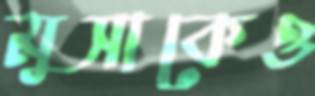
মুসাকেও